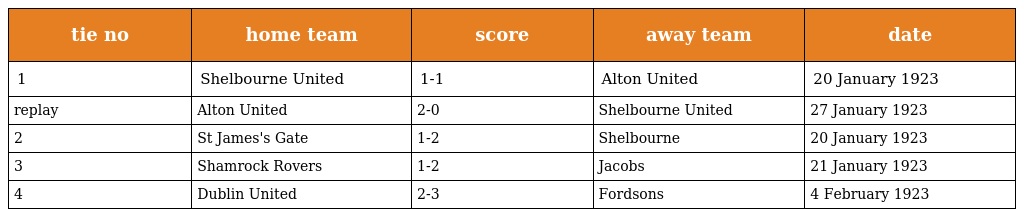
| tie no | home team | score | away team | date |
 | --- | --- | --- | --- | --- |
 | 1 | Shelbourne United | 1-1 | Alton United | 20 January 1923 |
 | replay | Alton United | 2-0 | Shelbourne United | 27 January 1923 |
 | 2 | St James's Gate | 1-2 | Shelbourne | 20 January 1923 |
 | 3 | Shamrock Rovers | 1-2 | Jacobs | 21 January 1923 |
 | 4 | Dublin United | 2-3 | Fordsons | 4 February 1923 |